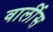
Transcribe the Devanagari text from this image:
वार्लीस